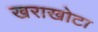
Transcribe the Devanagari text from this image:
खराखोटा